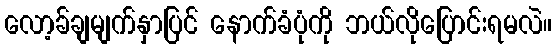
လော့ခ်ချမျက်နှာပြင် နောက်ခံပုံကို ဘယ်လိုပြောင်းရမလဲ။